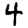
Digit: 4